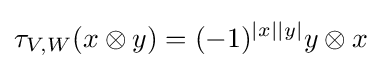
\tau _{V,W}(x\otimes y)=(-1)^{|x||y|}y\otimes x